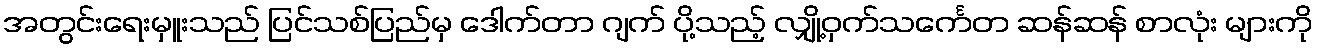
အတွင်းရေးမှူးသည် ပြင်သစ်ပြည်မှ ဒေါက်တာ ဂျက် ပို့သည့် လျှို့ဝှက်သင်္ကေတ ဆန်ဆန် စာလုံး များကို